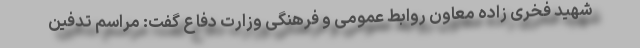
شهید فخری زاده معاون روابط عمومی و فرهنگی وزارت دفاع گفت: مراسم تدفین